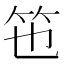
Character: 竾